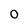
Character: 0